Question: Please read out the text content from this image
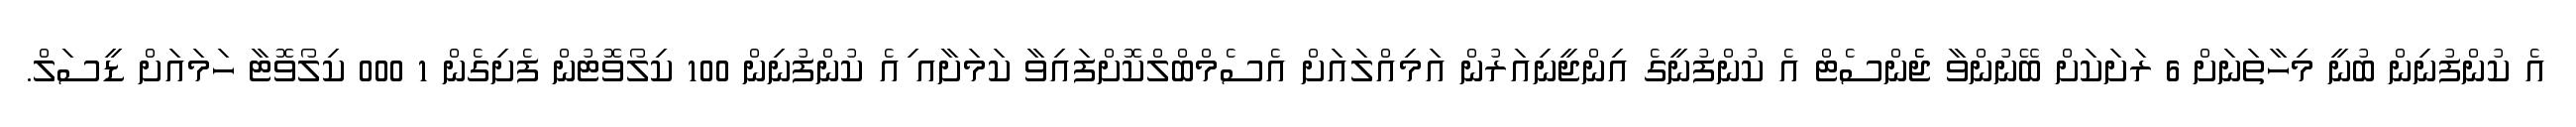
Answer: އެ ކުންފުނިން ބުނީ މިހާތަނަށް 6 ރަށަކަށް ބޭނުންވާ ޖެެންސެޓް އެ ކުންފުނީގެ އިންޖީނިއަރުން އަމިއްލައަށް އެސެމްބްލްކޮށްފައިވާ ކަމަށާއ ިއެ ކުންފުނިން 100 ކިލޯވޮޓުން ފެށިގެން 1 000 ކިލޯވޮޓާ ހަމައަށް ޑީސަލް.